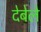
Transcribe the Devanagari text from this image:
देबेले